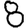
Digit: 8